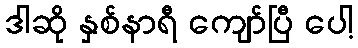
ဒါဆို နှစ်နာရီ ကျော်ပြီ ပေါ့